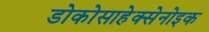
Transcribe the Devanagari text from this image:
डोकोसाहेक्सेनोइक